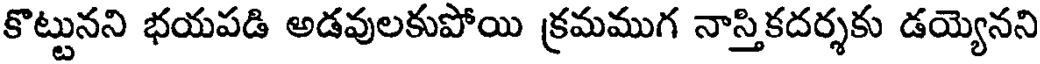
కొట్టునని భయపడి అడవులకుపోయి క్రమముగ నాస్తికదర్శకు డయ్యెనని